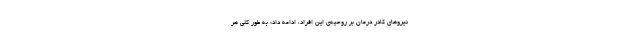
نیروهای کادر درمان بر روحیه‌ی این افراد، ادامه داد: به طور کلی هر